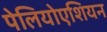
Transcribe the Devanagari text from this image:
पेलियोएशियन